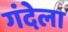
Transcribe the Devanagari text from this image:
गंदेला